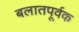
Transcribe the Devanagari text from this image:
बलातपूर्वक